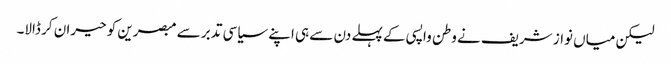
لیکن میاں نواز شریف نے وطن واپسی کے پہلے دن سے ہی اپنے سیاسی تدبر سے مبصرین کو حیران کر ڈالا۔